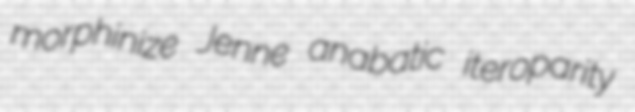
morphinize Jenne anabatic iteroparity